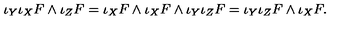
\iota _ { Y } \iota _ { X } F \wedge \iota _ { Z } F = \iota _ { X } F \wedge \iota _ { X } F \wedge \iota _ { Y } \iota _ { Z } F = \iota _ { Y } \iota _ { Z } F \wedge \iota _ { X } F .